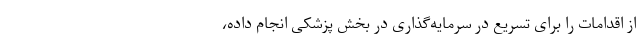
از اقدامات را برای تسریع در سرمایه‌گذاری در بخش پزشکی انجام داده،